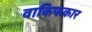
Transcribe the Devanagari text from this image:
वाकिफकार